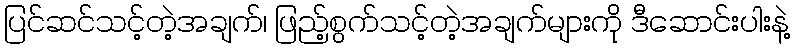
ပြင်ဆင်သင့်တဲ့အချက်၊ ဖြည့်စွက်သင့်တဲ့အချက်များကို ဒီဆောင်းပါးနဲ့